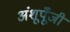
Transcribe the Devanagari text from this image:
अंशूपूँजी